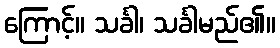
ကြောင့်။ သင်္ခါ၊ သင်္ခါမည်၏။